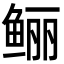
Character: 鲡